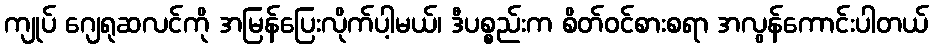
ကျုပ် ဂျေရုဆလင်ကို အမြန်ပြေးလိုက်ပါ့မယ်၊ ဒီပစ္စည်းက စိတ်ဝင်စားစရာ အလွန်ကောင်းပါတယ်